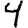
Digit: 4